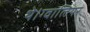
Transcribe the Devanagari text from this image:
थे।ग्वालियर